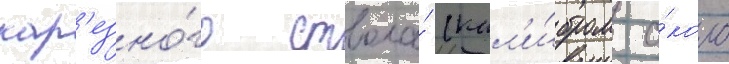
нар'езно́го ствола́ (кал'и́бром о́коло